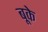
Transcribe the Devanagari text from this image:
बूके